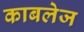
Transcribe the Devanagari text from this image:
काबलेज